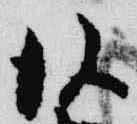
後